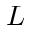
L